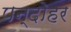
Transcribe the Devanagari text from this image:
पन्दोहर